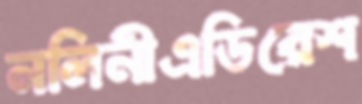
নলিনীএডিরেশ